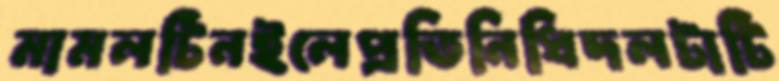
মামলটিনইলেপ্রতিনিধিদলটাটি